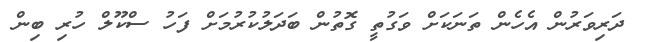
ދަރިވަރުން އެހެން ތަނަަކަށް ވަގުތީ ގޮތުން ބަދަލުކުރުމަށް ފަހު ސްކޫލް ހުރި ބިން